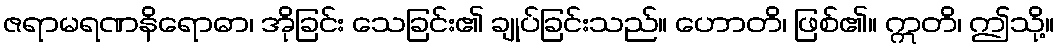
ဇရာမရဏနိရောဓာ၊ အိုခြင်း သေခြင်း၏ ချုပ်ခြင်းသည်။ ဟောတိ၊ ဖြစ်၏။ ဣတိ၊ ဤသို့။